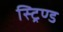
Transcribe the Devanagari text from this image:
स्ट्रिण्ड